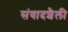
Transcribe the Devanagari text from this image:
संवादशैली